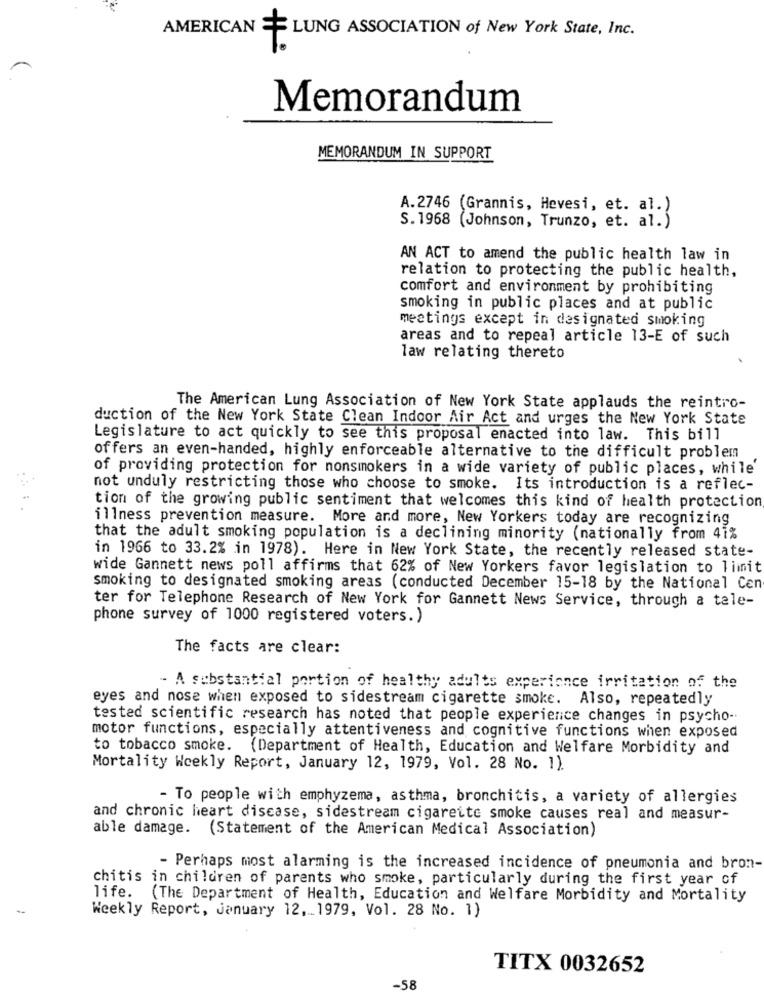
AMERICAN
LUNG ASSOCIATION of New York State, Inc.
Memorandum
MEMORANDUM IN SUPPORT
A.2746 (Grannis, Hevesi, et. al.)
S. 1968 (Johnson, Trunzo, et. al.)
AN ACT to amend the public health law in
relation to protecting the public health,
comfort and environment by prohibiting
smoking in public places and at public
meetings except in designated smoking
areas and to repeal article 13-E of such
law relating thereto
The American Lung Association of New York State applauds the reintro-
duction of the New York State Clean Indoor Air Act and urges the New York State
Legislature to act quickly to see this proposal enacted into law. This bill
offers an even-handed, highly enforceable alternative to the difficult problem
of providing protection for nonsmokers in a wide variety of public places, while
not unduly restricting those who choose to smoke. Its introduction is a reflec-
tion of the growing public sentiment that welcomes this kind of health protection
illness prevention measure. More and more, New Yorkers today are recognizing
that the adult smoking population is a declining minority (nationally from 41%
in 1966 to 33.2% in 1978). Here in New York State, the recently released state-
wide Gannett news poll affirms that 62% of New Yorkers favor legislation to limit
smoking to designated smoking areas (conducted December 15-18 by the National Cen
ter for Telephone Research of New York for Gannett News Service, through a tale-
phone survey of 1000 registered voters.)
The facts are clear:
- A substantial portion of healthy adults experience irritation of the
eyes and nose when exposed to sidestream cigarette smoke. Also, repeatedly
tested scientific research has noted that people experience changes in psycho-
motor functions, especially attentiveness and cognitive functions when exposed
to tobacco smoke. (Department of Health, Education and Welfare Morbidity and
Mortality Weekly Report, January 12, 1979, Vol. 28 No. 1).
- To people with emphyzema, asthma, bronchitis, a variety of allergies
and chronic heart disease, sidestream cigarette smoke causes real and measur-
able damage. (Statement of the American Medical Association)
- Perhaps most alarming is the increased incidence of pneumonia and bron-
chitis in children of parents who smoke, particularly during the first year of
life.
(The Department of Health, Education and Welfare Morbidity and Mortality
Weekly Report, January 12, 1979, Vol. 28 No. 1)
TITX 0032652
-58